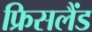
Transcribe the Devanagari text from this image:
फ्रिसलैंड